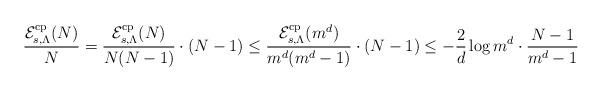
LaTeX: \begin{align*}\frac{\mathcal{E}_{s,\Lambda}^{\rm cp}(N)}{N}&=\frac{\mathcal{E}_{s,\Lambda}^{\rm cp}(N)}{N(N-1)}\cdot(N-1)\leq\frac{\mathcal{E}_{s,\Lambda}^{\rm cp}(m^d)}{m^d(m^d-1)}\cdot(N-1)\leq -\frac{2}{d}\log m^d \cdot \frac{N-1}{m^d-1}\end{align*}